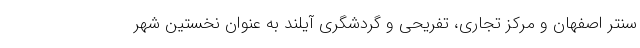
سنتر اصفهان و مرکز تجاری، تفریحی و گردشگری آیلند به عنوان نخستین شهر